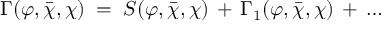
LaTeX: \Gamma ( \varphi , { \bar { \chi } } , \chi ) \; = \; S ( \varphi , { \bar { \chi } } , \chi ) \, + \, \Gamma _ { 1 } ( \varphi , { \bar { \chi } } , \chi ) \, + \, \ldots